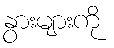
နွားများကို